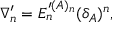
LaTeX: \nabla _ { n } ^ { \prime } = E _ { n } ^ { \prime ( A ) _ { n } } ( \delta _ { A } ) ^ { n } ,